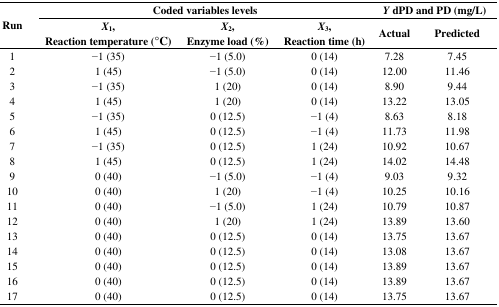
<table><thead><tr><td></td><td colspan="3"><b>Coded variables levels</b></td><td colspan="2"><b><i>Y</i> dPD and PD (mg/L)</b></td></tr><tr><td><b>Run</b></td><td><b><i>X</i><sub>1</sub>, Reaction temperature (°C)</b></td><td><b><i>X</i><sub>2</sub>, Enzyme load (%)</b></td><td><b><i>X</i><sub>3</sub>, Reaction time (h)</b></td><td><b>Actual</b></td><td><b>Predicted</b></td></tr></thead><tbody><tr><td>1</td><td>−1 (35)</td><td>−1 (5.0)</td><td>0 (14)</td><td>7.28</td><td>7.45</td></tr><tr><td>2</td><td>1 (45)</td><td>−1 (5.0)</td><td>0 (14)</td><td>12.00</td><td>11.46</td></tr><tr><td>3</td><td>−1 (35)</td><td>1 (20)</td><td>0 (14)</td><td>8.90</td><td>9.44</td></tr><tr><td>4</td><td>1 (45)</td><td>1 (20)</td><td>0 (14)</td><td>13.22</td><td>13.05</td></tr><tr><td>5</td><td>−1 (35)</td><td>0 (12.5)</td><td>−1 (4)</td><td>8.63</td><td>8.18</td></tr><tr><td>6</td><td>1 (45)</td><td>0 (12.5)</td><td>−1 (4)</td><td>11.73</td><td>11.98</td></tr><tr><td>7</td><td>−1 (35)</td><td>0 (12.5)</td><td>1 (24)</td><td>10.92</td><td>10.67</td></tr><tr><td>8</td><td>1 (45)</td><td>0 (12.5)</td><td>1 (24)</td><td>14.02</td><td>14.48</td></tr><tr><td>9</td><td>0 (40)</td><td>−1 (5.0)</td><td>−1 (4)</td><td>9.03</td><td>9.32</td></tr><tr><td>10</td><td>0 (40)</td><td>1 (20)</td><td>−1 (4)</td><td>10.25</td><td>10.16</td></tr><tr><td>11</td><td>0 (40)</td><td>−1 (5.0)</td><td>1 (24)</td><td>10.79</td><td>10.87</td></tr><tr><td>12</td><td>0 (40)</td><td>1 (20)</td><td>1 (24)</td><td>13.89</td><td>13.60</td></tr><tr><td>13</td><td>0 (40)</td><td>0 (12.5)</td><td>0 (14)</td><td>13.75</td><td>13.67</td></tr><tr><td>14</td><td>0 (40)</td><td>0 (12.5)</td><td>0 (14)</td><td>13.08</td><td>13.67</td></tr><tr><td>15</td><td>0 (40)</td><td>0 (12.5)</td><td>0 (14)</td><td>13.89</td><td>13.67</td></tr><tr><td>16</td><td>0 (40)</td><td>0 (12.5)</td><td>0 (14)</td><td>13.89</td><td>13.67</td></tr><tr><td>17</td><td>0 (40)</td><td>0 (12.5)</td><td>0 (14)</td><td>13.75</td><td>13.67</td></tr></tbody></table>